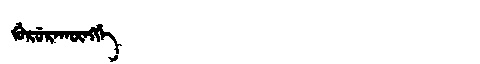
Manchu: ᡤᡠᡵᡠᡵᠠᡴᡡᠩᡤᡝ
Romanization: GURURAKŪNGGE